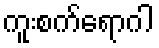
ကူးစက်ရောဂါ